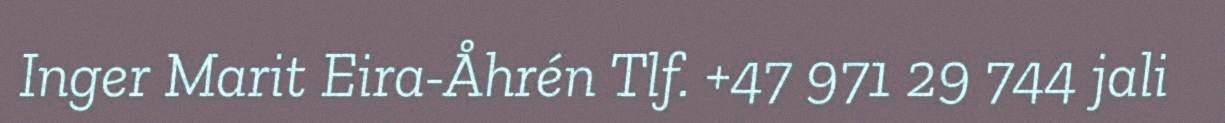
Inger Marit Eira-Åhrén Tlf. +47 971 29 744 jali